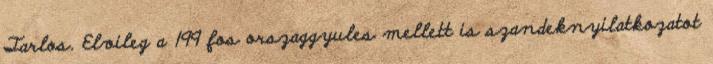
Tarlos. Elvileg a 199 fos orszaggyules mellett is szandeknyilatkozatot